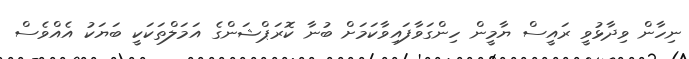
ނިހާން ވިދާޅުވީ ރައީސް ޔާމީން ހިންގަވާފައިވާކަމަށް ބުނާ ކޮރަޕްޝަންގެ އަމަލްތަކަކީ ބަޔަކު އެއްވެސް